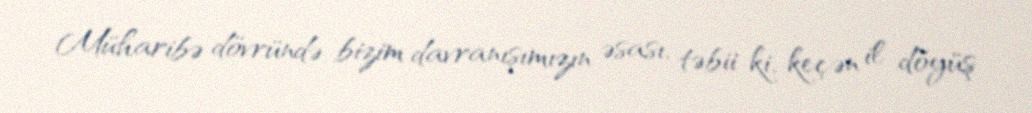
Müharibə dövründə bizim davranışımızın əsası, təbii ki, keçən il döyüş